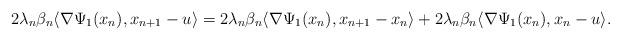
LaTeX: \begin{align*}2\lambda_n\beta_n\langle\nabla\Psi_1(x_n),x_{n+1}-u\rangle=2\lambda_n\beta_n\langle\nabla\Psi_1(x_n),x_{n+1}-x_n\rangle+2\lambda_n\beta_n\langle\nabla\Psi_1(x_n),x_{n}-u\rangle.\end{align*}